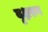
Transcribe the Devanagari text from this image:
वृक्षरूप